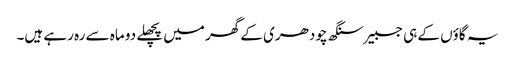
یہ گاؤں کے ہی جسبیر سنگھ چودھری کے گھر میں پچھلے دو ماہ سے رہ رہے ہیں۔